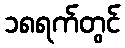
၁၈ရက်တွင်